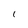
Character: 1